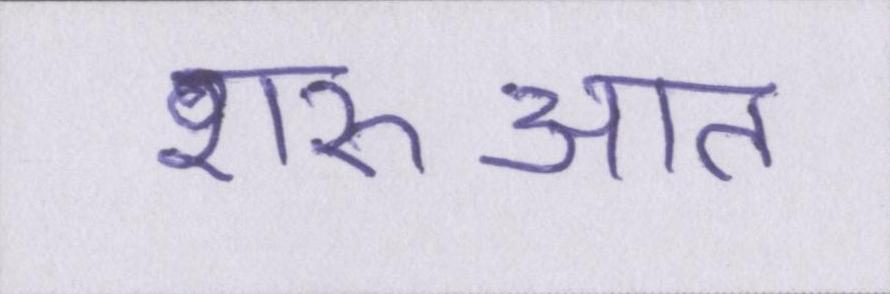
शरुआत